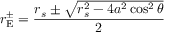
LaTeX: r _ { \mathrm { { E } } } ^ { \pm } = { \frac { r _ { s } \pm { \sqrt { r _ { s } ^ { 2 } - 4 a ^ { 2 } \cos ^ { 2 } \theta } } } { 2 } }